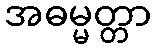
အဓမ္မတ္တာ